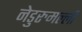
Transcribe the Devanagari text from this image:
नेडुरुमल्ली